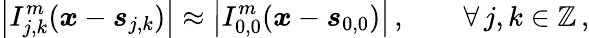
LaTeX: \left\vert I_{j,k}^{m}(\boldsymbol{x}-\boldsymbol{s}_{j,k})\right\vert\approx\left\vert I_{0,0}^{m}(\boldsymbol{x}-\boldsymbol{s}_{0,0})\right\vert\, ,\qquad\forall\, j,k\in\mathbb{Z}\, ,